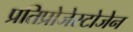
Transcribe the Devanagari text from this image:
प्रतिप्रोजेस्टोजेन